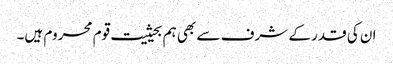
ان کی قدر کے شرف سے بھی ہم بحیثیت قوم محروم ہیں۔